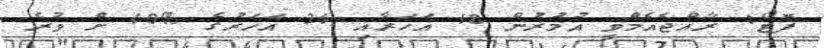
ފޮޓޯ: ރާއްޖެއެމްވީ އުމުރުން 18 އަހަރާއި 34 އަހަރުގެ %40 ށް ވުރެ